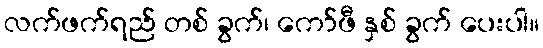
လက်ဖက်ရည် တစ် ခွက်၊ ကော်ဖီ နှစ် ခွက် ပေးပါ။